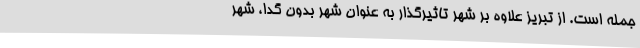
جمله است. از تبریز علاوه بر شهر تاثیرگذار به عنوان شهر بدون گدا، شهر